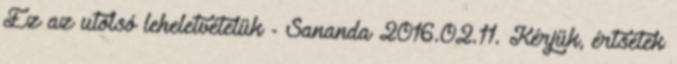
Ez az utolsó leheletvételük - Sananda 2016.02.11. Kérjük, értsétek